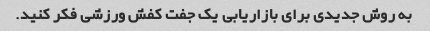
به روش جدیدی برای بازاریابی یک جفت کفش ورزشی فکر کنید.